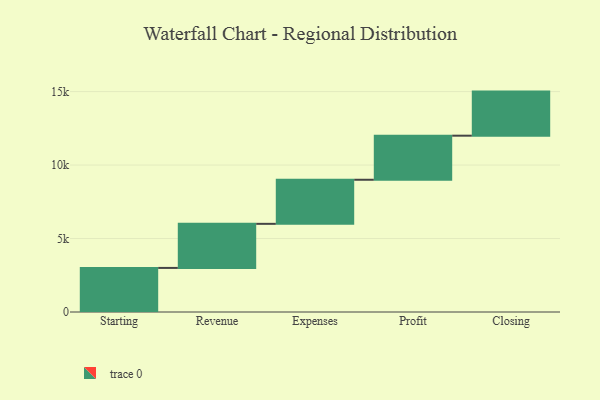
{"axis": {"x": "Step", "y": "Value"}, "legend": [""], "data": [{"x": "Starting", "y": 3000, "type": ""}, {"x": "Revenue", "y": 3000, "type": ""}, {"x": "Expenses", "y": 3000, "type": ""}, {"x": "Profit", "y": 3000, "type": ""}, {"x": "Closing", "y": 3000, "type": ""}]}